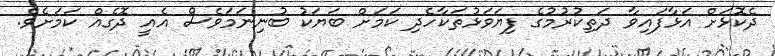
ދެކޮޅަށް އަޅާފައިވާ ދަތިކުރުމުގެ ފިޔަވަޅުތަކާހެދި ކަމަށް ބަޔަކު ބުނިނަމަވެސް އެއީ ދޮގެއް ކަމަށެވެ.